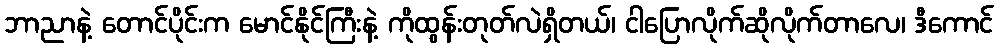
ဘာညာနဲ့ တောင်ပိုင်းက မောင်နိုင်ကြီးနဲ့ ကိုထွန်းတုတ်လဲရှိတယ်၊ ငါပြောလိုက်ဆိုလိုက်တာလေ၊ ဒီကောင်